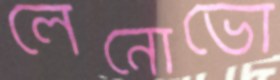
লেনোভো